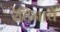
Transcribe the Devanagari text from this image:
रेटिनाचे